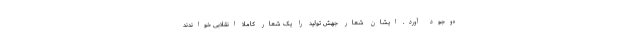
ه‌وجود آورد. ایشان شعار جهش تولید را یک شعار کاملاً انقلابی خواندند